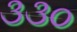
૩૩૦